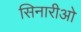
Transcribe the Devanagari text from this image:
सिनारीओ